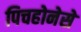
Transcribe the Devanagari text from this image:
पिचहोनेसे